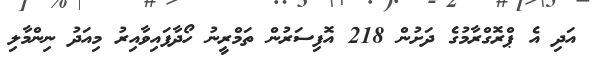
އަދި އެ ޕްރޮގްރާމުގެ ދަށުން 218 އޮފިސަރުން ތަމްރީނު ހޯދާފައިވާއިރު މިއަދު ނިންމާލި